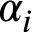
\alpha _ { i }